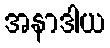
အနာဒါယ